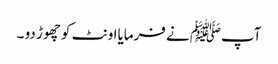
آپﷺ نے فرمایااونٹ کو چھوڑ دو ۔